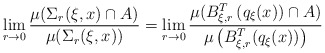
\begin{align*}\lim _{r \rightarrow 0} \frac{\mu ( \Sigma _r ( \xi, x) \cap A )}{ \mu ( \Sigma _r ( \xi , x ))} = \lim _{r \rightarrow 0} \frac{\mu ( B ^T _{\xi ,r} \left( q _\xi (x) ) \cap A \right)}{ \mu \left( B ^T _{\xi, r} ( q _\xi (x) ) \right)}\end{align*}